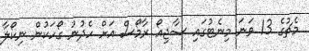
މެޗުގެ 13 ވަނަ މިނެޓުގައި ސާޖިއޯ ރާމޯސް އަށް ހެދުނު ގޯހަކުން ނިކޯލާ